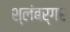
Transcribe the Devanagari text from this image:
श्लंबर्गर